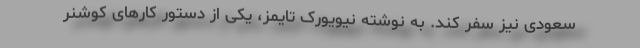
سعودی نیز سفر کند. به نوشته نیویورک تایمز، یکی از دستور کارهای کوشنر